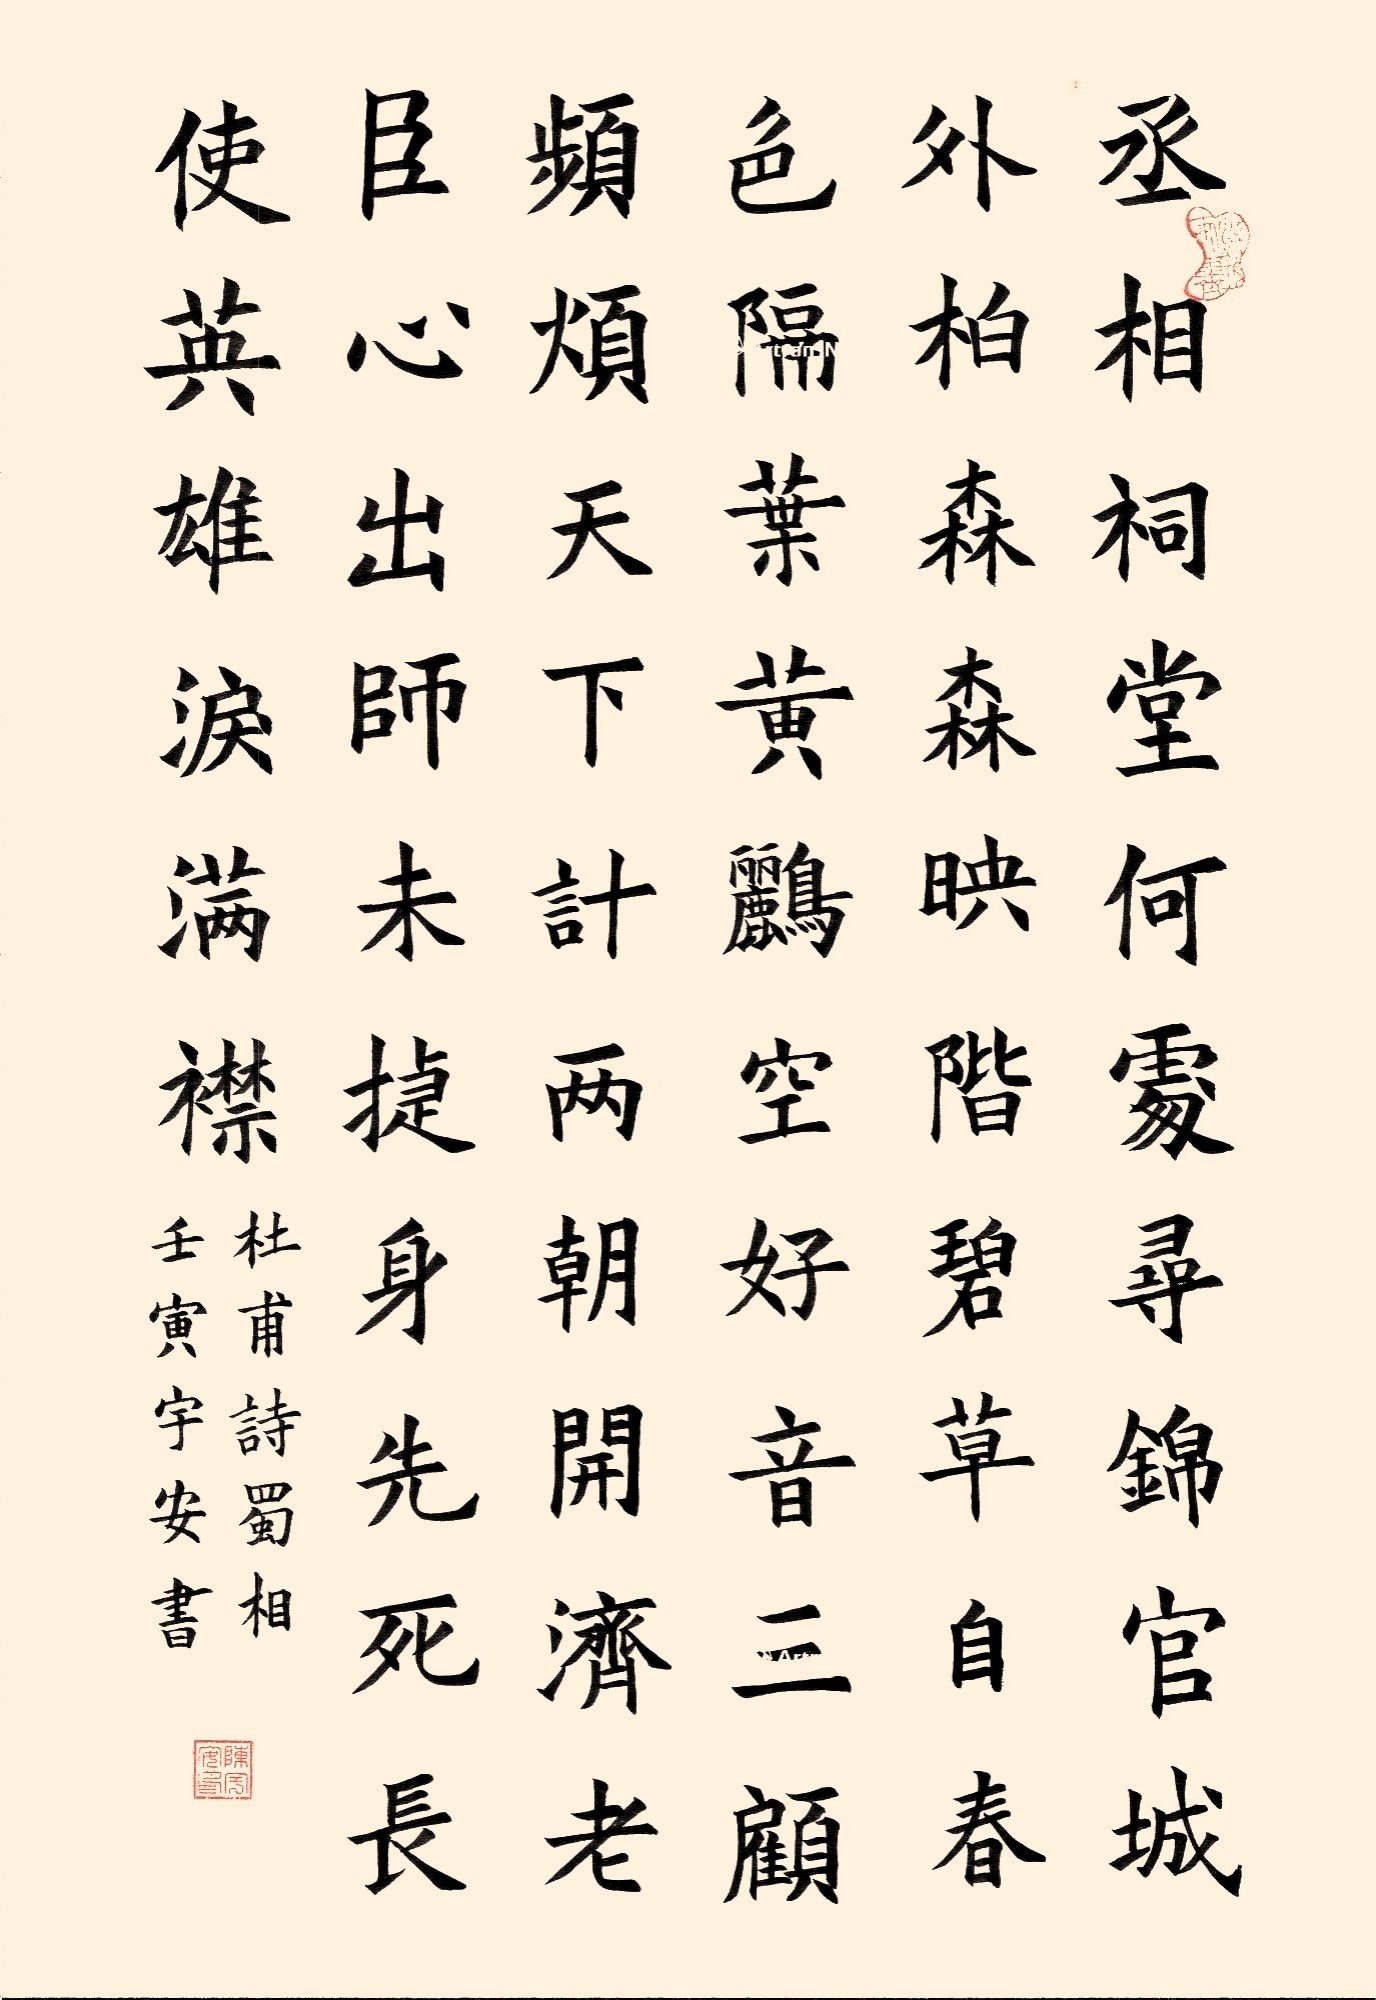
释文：丞相祠堂何处寻，锦官城外柏森森。映阶碧草自春色，隔叶黄鹂空好音。三顾频烦天下计，两朝开济老臣心。出师未捷身先死，长使英雄泪满襟。杜甫诗蜀相壬寅宇安书